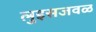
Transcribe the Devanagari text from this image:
लुइसजवळ